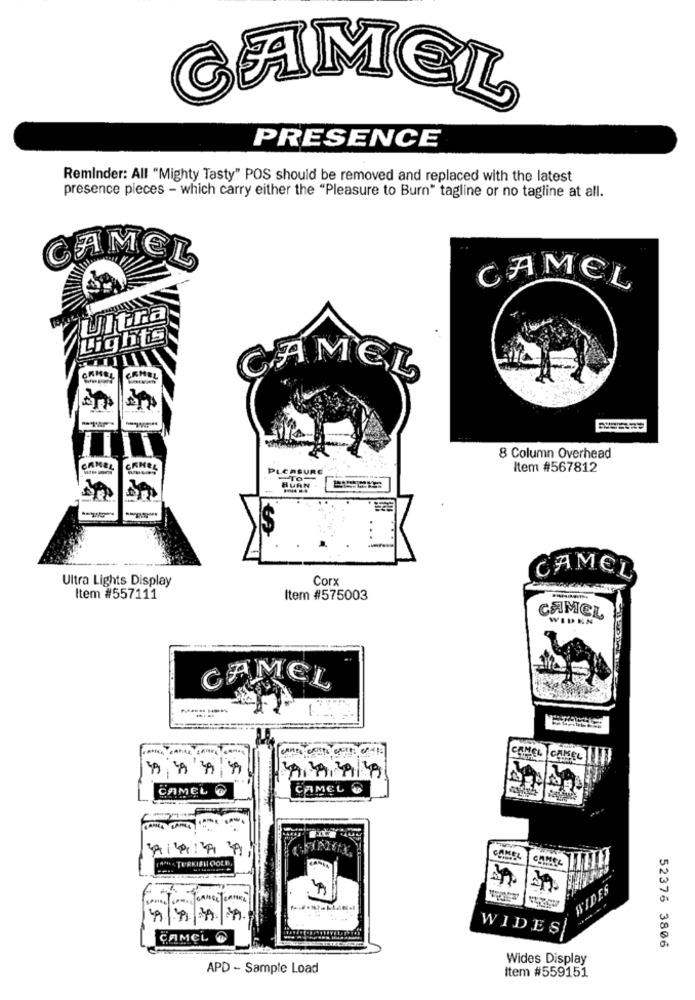
CAMEL
PRESENCE
Reminder: All "Mighty Tasty" POS should be removed and replaced with the latest
presence pieces - which carry either the "Pleasure to Burn" tagline or no tagline at all.
CAMEL
CAMEL
CANEL
CAMEL
-- "
8 Column Overhead
CAMEL
CURE
Item #567812
CAMEL
Ultra Lights Display
Corx
Item #557111
Item #575003
CAMEL
WIDEN
CAMEL
CAMEL
CAKEL
CAMEL @
CAMEL &
CAREL
( *** * TURKISH OOLD,
WIDES
WIDES
ÇAMCL C
52376 3806
Wides Display
APD - Sample Load
Item #559151